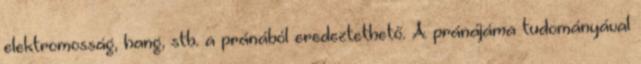
elektromosság, hang, stb. a pránából eredeztethető. A pránájáma tudományával